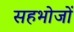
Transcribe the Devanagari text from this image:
सहभोजों